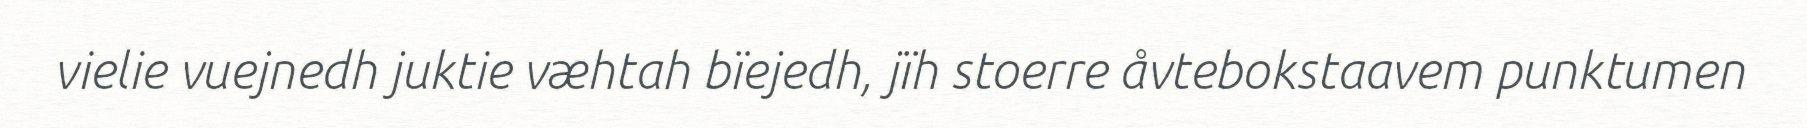
vielie vuejnedh juktie væhtah bïejedh, jïh stoerre åvtebokstaavem punktumen